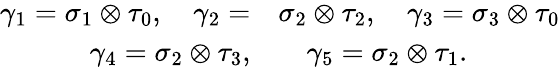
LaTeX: \begin{array}{rl}{\gamma_{1}=\sigma_{1}\otimes\tau_{0},\quad\gamma_{2}=}&{{}\sigma_{2}\otimes\tau_{2},\quad\gamma_{3}=\sigma_{3}\otimes\tau_{0}}\\ {\gamma_{4}=\sigma_{2}\otimes\tau_{3},}&{{}\quad\gamma_{5}=\sigma_{2}\otimes\tau_{1}.}\end{array}